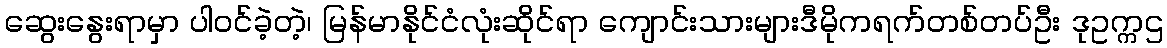
ဆွေးနွေးရာမှာ ပါဝင်ခဲ့တဲ့၊ မြန်မာနိုင်ငံလုံးဆိုင်ရာ ကျောင်းသားများဒီမိုကရက်တစ်တပ်ဦး ဒုဥက္ကဌ